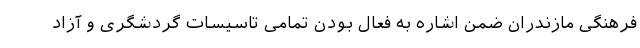
فرهنگی مازندران ضمن اشاره به فعال بودن تمامی تاسیسات گردشگری و آزاد